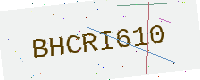
Text: BHCRI610